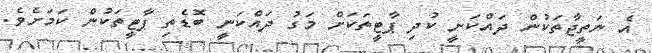
އެ ނަތީޖާތަކުން ދައްކަނީ ކުދި ޕާޓީތަކަށް މަގު ދައްކަނީ ބޮޑެތި ޕާޓީތަކުން ކަމަށެވެ.